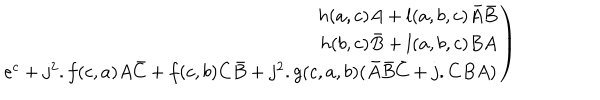
\left. \begin{array} { r } { { h ( a , c ) A + l ( a , b , c ) \bar { A } \bar { B } } } \\ { { h ( b , c ) \bar { B } + l ( a , b , c ) B A } } \\ { { e ^ { c } + j ^ { 2 } . f ( c , a ) A \bar { C } + f ( c , b ) C \bar { B } + j ^ { 2 } . g ( c , a , b ) ( \bar { A } \bar { B } \bar { C } + j . C B A ) } } \\ \end{array} \right)